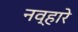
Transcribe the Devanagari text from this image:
नव्हारे